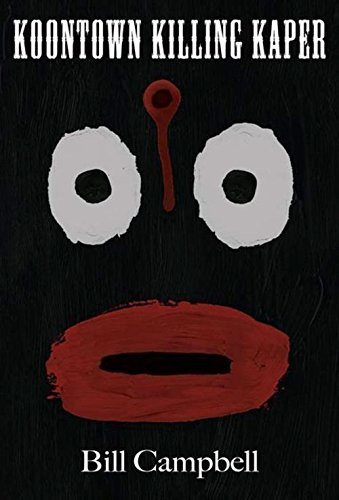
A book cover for Koontown Killing Kaper; Bill Campbell; Mystery, Thriller & Suspense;